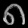
Digit: ၈